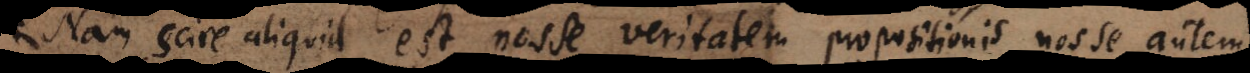
Nam scire aliquid est nosse veritatem propositionis, nosse autem